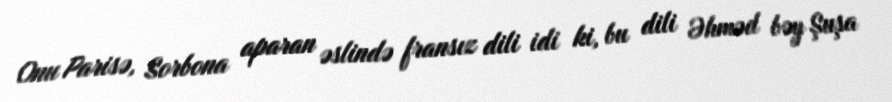
Onu Parisə, Sorbona aparan əslində fransız dili idi ki, bu dili Əhməd bəy Şuşa